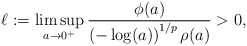
\begin{align*}\ell:=\limsup_{a\to 0^+}\frac{\phi(a)}{\left(-\log(a)\right)^{1/p}\rho(a)}>0,\end{align*}